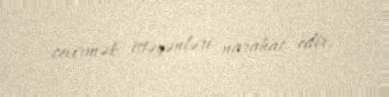
çevirmək istəyənləri narahat edir.